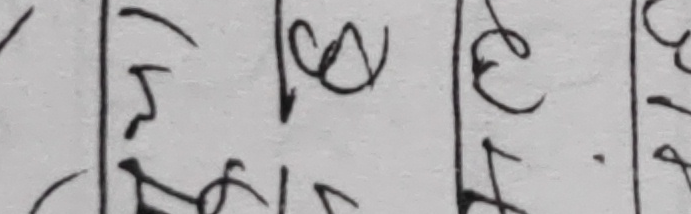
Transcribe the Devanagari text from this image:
३ |  ५ |